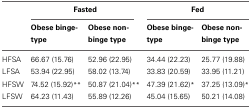
|  | <COLSPAN=2> Fasted | <COLSPAN=2> Fed |
 |  | Obese binge-type | Obese non-binge type | Obese binge-type | Obese non-binge type |
 | --- | --- | --- | --- | --- |
 | HFSA | 66.67 (15.76) | 52.96 (22.95) | 34.44 (22.23) | 25.77 (19.88) |
 | LFSA | 53.94 (22.95) | 58.02 (13.74) | 33.83 (20.59) | 33.95 (11.21) |
 | HFSW | 74.52 (15.92)** | 50.87 (21.04)** | 47.39 (21.62)* | 37.25 (13.09)* |
 | LFSW | 64.23 (11.43) | 55.89 (12.26) | 45.04 (15.65) | 50.21 (14.08) |